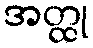
အတ္ထု